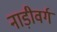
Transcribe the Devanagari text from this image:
नाड़ीवर्ग